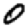
Digit: 0